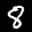
Label: 8